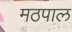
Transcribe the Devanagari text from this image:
मठपाल